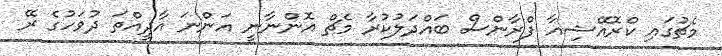
މެޗުގައި ކްރޮއޭޝިއާ ފްރާންސް ބައްދަލުކުރާ މެޗް އޮންނާނީ އަންނަ އާދީއްތަ ދުވަހުގެ ރޭ